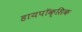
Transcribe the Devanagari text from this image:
हायपॉक्सिक